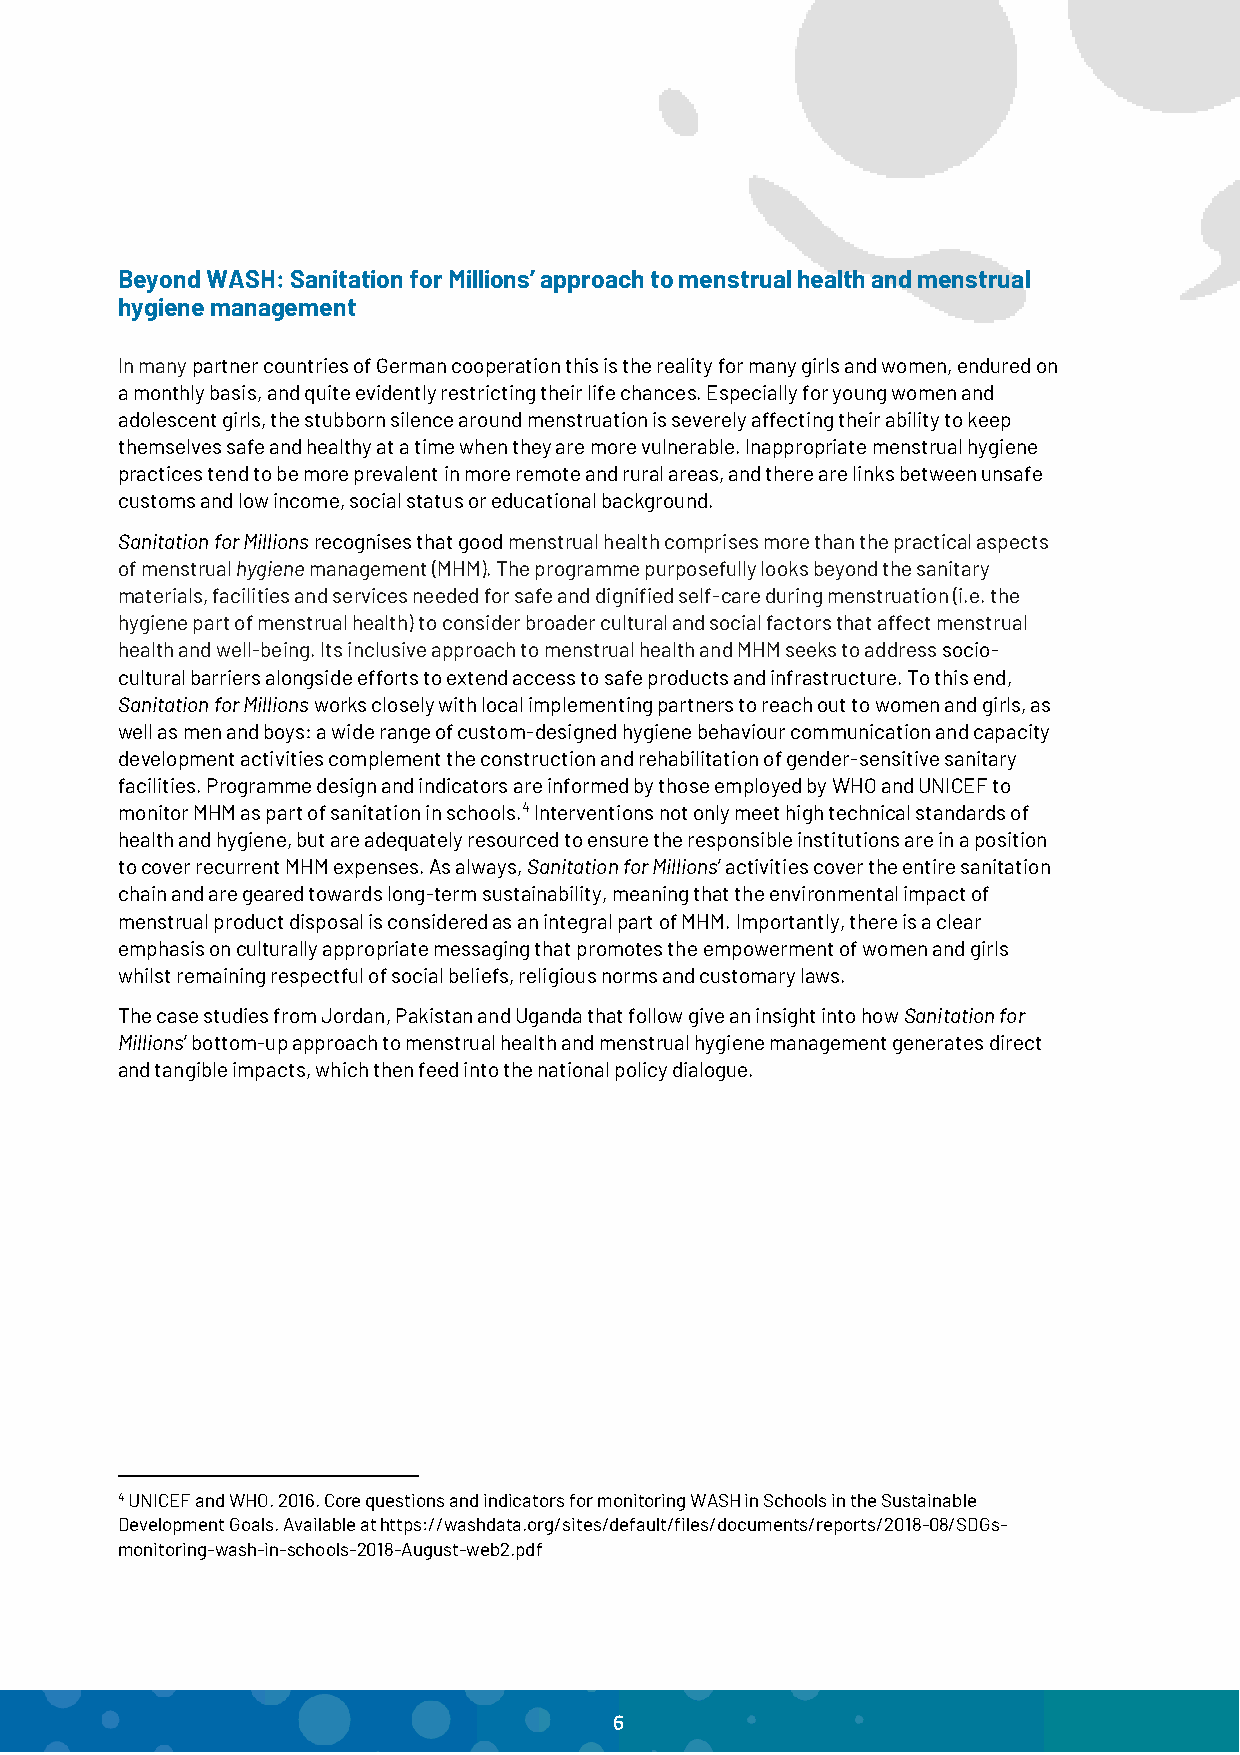
Beyond WASH: Sanitation for Millions’ approach to menstrual health and menstrual
 hygiene management
 In many partner countries of German cooperation this is the reality for many girls and women, endured on
 a monthly basis, and quite evidently restricting their life chances. Especially for young women and
 adolescent girls, the stubborn silence around menstruation is severely affecting their ability to keep
 themselves safe and healthy at a time when they are more vulnerable. Inappropriate menstrual hygiene
 practices tend to be more prevalent in more remote and rural areas, and there are links between unsafe
 customs and low income, social status or educational background.
 Sanitation for Millions recognises that good menstrual health comprises more than the practical aspects
 of menstrual hygiene management (MHM). The programme purposefully looks beyond the sanitary
 materials, facilities and services needed for safe and dignified self-care during menstruation (i.e. the
 hygiene part of menstrual health) to consider broader cultural and social factors that affect menstrual
 health and well-being. Its inclusive approach to menstrual health and MHM seeks to address socio-
 cultural barriers alongside efforts to extend access to safe products and infrastructure. To this end,
 Sanitation for Millions works closely with local implementing partners to reach out to women and girls, as
 well as men and boys: a wide range of custom-designed hygiene behaviour communication and capacity
 development activities complement the construction and rehabilitation of gender-sensitive sanitary
 facilities. Programme design and indicators are informed by those employed by WHO and UNICEF to
 monitor MHM as part of sanitation in schools.4 Interventions not only meet high technical standards of
 health and hygiene, but are adequately resourced to ensure the responsible institutions are in a position
 to cover recurrent MHM expenses. As always, Sanitation for Millions’ activities cover the entire sanitation
 chain and are geared towards long-term sustainability, meaning that the environmental impact of
 menstrual product disposal is considered as an integral part of MHM. Importantly, there is a clear
 emphasis on culturally appropriate messaging that promotes the empowerment of women and girls
 whilst remaining respectful of social beliefs, religious norms and customary laws.
 The case studies from Jordan, Pakistan and Uganda that follow give an insight into how Sanitation for
 Millions’ bottom-up approach to menstrual health and menstrual hygiene management generates direct
 and tangible impacts, which then feed into the national policy dialogue.
 4 UNICEF and WHO. 2016. Core questions and indicators for monitoring WASH in Schools in the Sustainable
 Development Goals. Available at https://washdata.org/sites/default/files/documents/reports/2018-08/SDGs-
 monitoring-wash-in-schools-2018-August-web2.pdf
 6